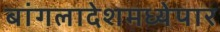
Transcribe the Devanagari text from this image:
बांगलादेशमध्येपार